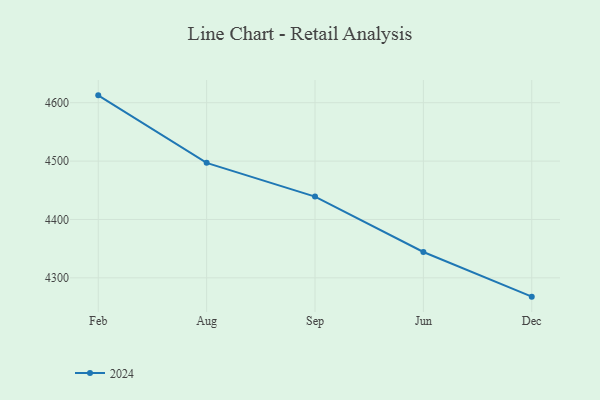
{"axis": {"x": "Month", "y": "Headcount"}, "legend": ["2024"], "data": [{"x": "Feb", "y": 4612.6, "type": "2024"}, {"x": "Aug", "y": 4497.0, "type": "2024"}, {"x": "Sep", "y": 4439.2, "type": "2024"}, {"x": "Jun", "y": 4344.3, "type": "2024"}, {"x": "Dec", "y": 4267.8, "type": "2024"}]}